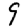
Digit: 9